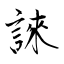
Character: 誺